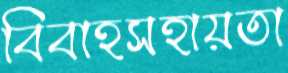
বিবাহসহায়তা